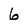
Character: 6